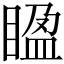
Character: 𥈱